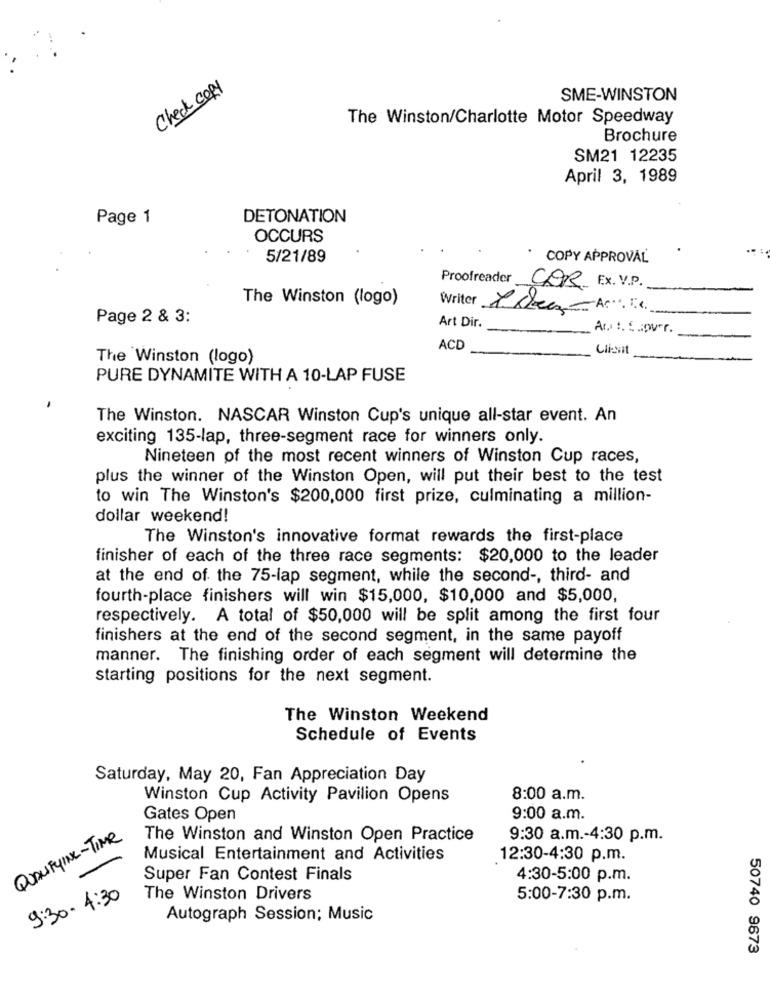
Check copy
SME-WINSTON
The Winston/Charlotte Motor Speedway
Brochure
SM21 12235
April 3, 1989
Page 1
DETONATION
OCCURS
5/21/89
* COPY APPROVAL
Proofreader COR Ex. V.P.
The Winston (logo)
Writer Mckean-Ar 5
Page 2 & 3:
Art Dir.
Ar. t. S .: pver.
ACD
Cli-vit
The Winston (logo)
PURE DYNAMITE WITH A 10-LAP FUSE
The Winston. NASCAR Winston Cup's unique all-star event. An
exciting 135-lap, three-segment race for winners only.
Nineteen of the most recent winners of Winston Cup races,
plus the winner of the Winston Open, will put their best to the test
to win The Winston's $200,000 first prize, culminating a million-
dollar weekend!
The Winston's innovative format rewards the first-place
finisher of each of the three race segments: $20,000 to the leader
at the end of the 75-lap segment, while the second -, third- and
fourth-place finishers will win $15,000, $10,000 and $5,000,
respectively. A total of $50,000 will be split among the first four
finishers at the end of the second segment, in the same payoff
manner. The finishing order of each segment will determine the
starting positions for the next segment.
The Winston Weekend
Schedule of Events
Saturday, May 20, Fan Appreciation Day
Winston Cup Activity Pavilion Opens
8:00 a.m.
Gates Open
9:00 a.m.
QUALIFYING-TIME
The Winston and Winston Open Practice
9:30 a.m .- 4:30 p.m.
Musical Entertainment and Activities
12:30-4:30 p.m.
Super Fan Contest Finals
4:30-5:00 p.m.
9:30 - 4:30
The Winston Drivers
5:00-7:30 p.m.
Autograph Session; Music
50740 9673